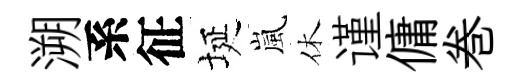
溯系征埏嵐休谨傭巻